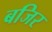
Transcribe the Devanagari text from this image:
बजिर